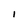
Character: 1